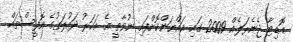
އޮޑިޓާ ޖެނެރަލެއް 2009 ގައި އައްޔަންކޮށްފައި ނުވާތީ އެ އަހަރު ދައުލަތުގެ އޮފީސްތައް